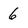
Character: 6